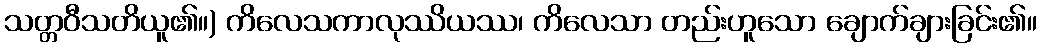
သတ္တဝီသတိယူ၏။) ကိလေသကာလုဿိယဿ၊ ကိလေသာ တည်းဟူသော ချောက်ချားခြင်း၏။